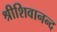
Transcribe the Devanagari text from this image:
श्रीशिवानन्द